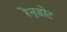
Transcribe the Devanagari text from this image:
रेनुडोट